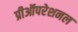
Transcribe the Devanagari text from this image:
प्रीऑपरेशनल